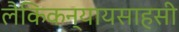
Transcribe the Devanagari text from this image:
लैकिकन्यायसाहसी